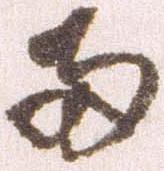
両